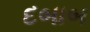
દબાબ